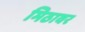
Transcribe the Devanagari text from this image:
मिठावर